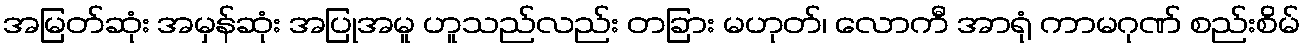
အမြတ်ဆုံး အမှန်ဆုံး အပြုအမူ ဟူသည်လည်း တခြား မဟုတ်၊ လောကီ အာရုံ ကာမဂုဏ် စည်းစိမ်